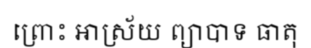
ព្រោះ អាស្រ័យ ព្យាបាទ ធាតុ